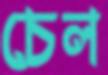
চেল